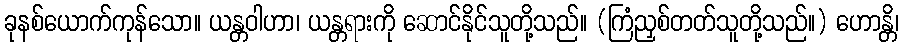
ခုနစ်ယောက်ကုန်သော။ ယန္တဝါဟာ၊ ယန္တရားကို ဆောင်နိုင်သူတို့သည်။ (ကြံညှစ်တတ်သူတို့သည်။) ဟောန္တိ၊